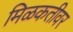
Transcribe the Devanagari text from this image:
मिळकतीवर